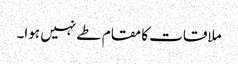
ملاقات کا مقام طے نہیں ہوا۔